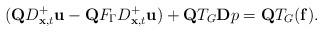
LaTeX: \begin{align*}({\bf Q}D_{{\bf x},t}^+{\bf u} - {\bf Q} F_{\Gamma} D_{{\bf x},t}^+ {\bf u}) + {\bf Q} T_G {\bf D}p = {\bf Q} T_G ({\bf f}).\end{align*}